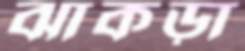
ঝাকড়া